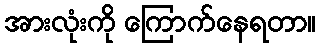
အားလုံးကို ကြောက်နေရတာ။